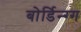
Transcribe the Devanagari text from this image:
बोर्डिन्ग्ग